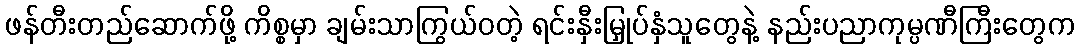
ဖန်တီးတည်ဆောက်ဖို့ ကိစ္စမှာ ချမ်းသာကြွယ်ဝတဲ့ ရင်းနှီးမြှုပ်နှံသူတွေနဲ့ နည်းပညာကုမ္ပဏီကြီးတွေက